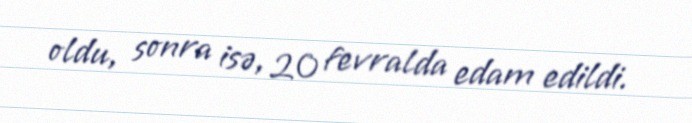
oldu, sonra isə, 20 fevralda edam edildi.